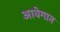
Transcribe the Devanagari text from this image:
आवेगात